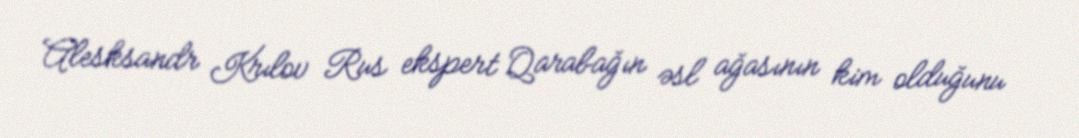
Alesksandr Krılov Rus ekspert Qarabağın əsl ağasının kim olduğunu